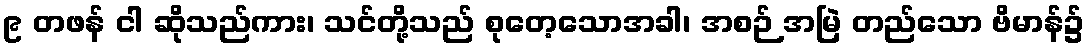
၉ တဖန် ငါ ဆိုသည်ကား၊ သင်တို့သည် စုတေ့သောအခါ၊ အစဉ် အမြဲ တည်သော ဗိမာန်၌